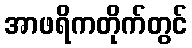
အာဖရိကတိုက်တွင်